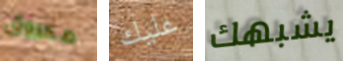
محروق عليك يشبهك